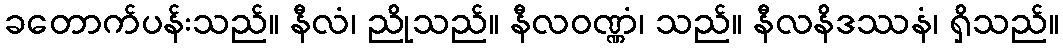
ခတောက်ပန်းသည်။ နီလံ၊ ညိုသည်။ နီလဝဏ္ဏံ၊ သည်။ နီလနိဒဿနံ၊ ရှိသည်။